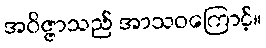
အဝိဇ္ဇာသည် အာသဝကြောင့်။